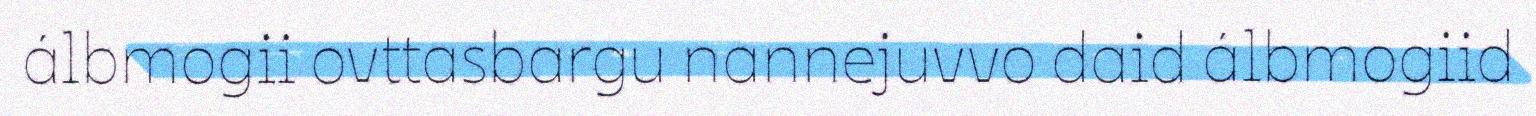
álbmogii ovttasbargu nannejuvvo daid álbmogiid